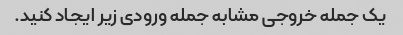
یک جمله خروجی مشابه جمله ورودی زیر ایجاد کنید.